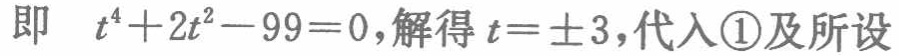
即 \(t^{4}+2t^{2}-99 = 0\)，解得 \(t = \pm3\)，代入\textcircled{1}及所设